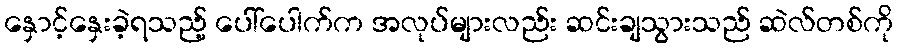
နှောင့်နှေးခဲ့ရသည့် ပေါ်ပေါက်က အလုပ်များလည်း ဆင်းချသွားသည် ဆဲလ်တစ်ကို